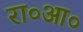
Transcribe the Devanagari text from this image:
रा०आ०